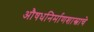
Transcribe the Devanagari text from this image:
औषधनिर्माणशास्त्राचे